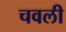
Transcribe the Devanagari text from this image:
चवली